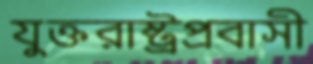
যুক্তরাষ্ট্রপ্রবাসী